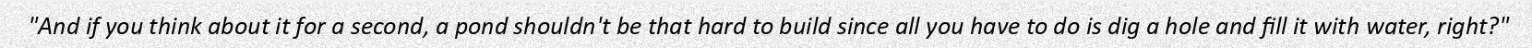
"And if you think about it for a second, a pond shouldn't be that hard to build since all you have to do is dig a hole and fill it with water, right?"